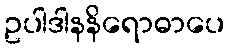
ဥပါဒါနနိရောဓာပေ